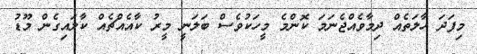
މިފަދަ ހާލަތެއް ދިމާވެއްޖެނަމަ ކޮންމެ މީހަކުވެސް ބަލަނީ މީރު ކާއެއްޗެއް ކާލައިގެން މޫޑު